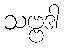
သဗ္ဗဒါ